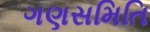
ગણસમિતિ